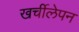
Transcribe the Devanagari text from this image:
खर्चीलेपन